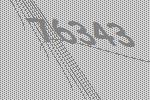
76343